Annual administration report of the Civil Veterinary Department of India - 1895-1896
Year: 1895
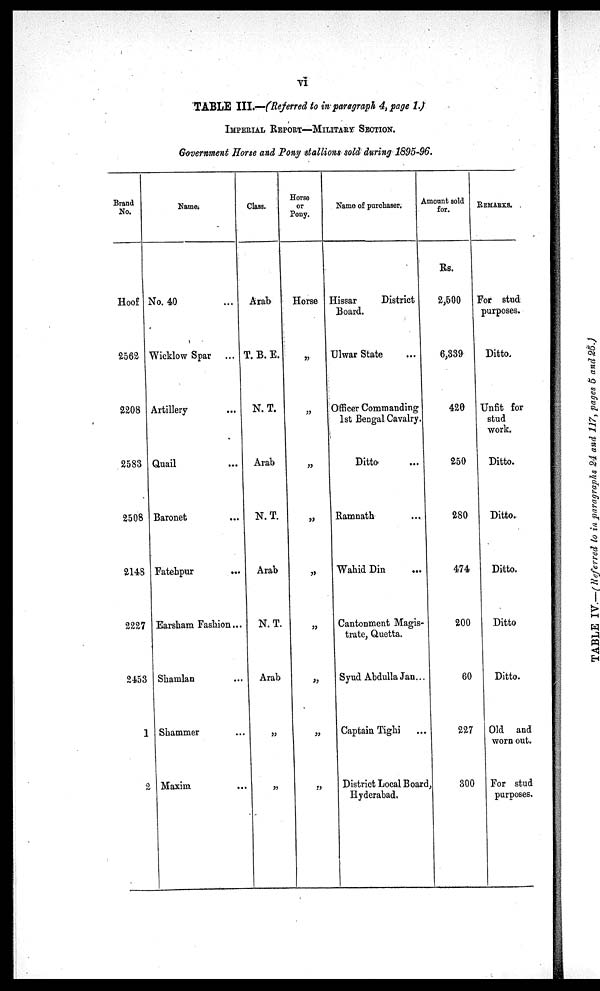
vi
TABLE III.—(Referred to in paragraph 4, page 1.)
IMPERIAL REPORT—MILITARY SECTION.
Government Horse and Pony stallions sold during 1895-96.
Brand
No.
Hoof
2562
2208
2583
2508
2148
2227
2453
1
2
Name.
No. 40 ...
Wicklow Spar ...
Artillery ...
Quail ...
Baronet ...
Fatehpur ...
Earsham Fashion...
Shamlan ...
Shammer ...
Maxim ...
Class.
Arab
T. B. E.
N. T.
Arab
N. T.
Arab
N. T.
Arab
„
„
Horse
or
Pony.
Horse
„
„
„
„
„
„
„
„
„
Name of purchaser.
Hissar
District
Board.
Ulwar State ...
Officer Commanding
1st Bengal Cavalry.
Ditto ...
Ramnath ...
Wahid Din ...
Cantonment Magis-
trate, Quetta.
Syud Abdulla Jan...
Captain Tighi ...
District Local Board,
Hyderabad.
Amount sold
for.
Rs.
2,500
6,339
420
250
280
474
200
60
227
300
REMARKS.
For stud
purposes.
Ditto.
Unfit for
stud
work.
Ditto.
Ditto.
Ditto.
Ditto
Ditto.
Old and
worn out.
For stud
purposes.